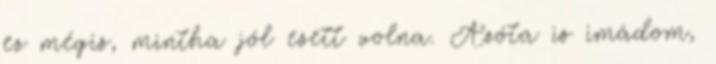
ez mégis, mintha jól esett volna. Azóta is imádom,